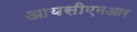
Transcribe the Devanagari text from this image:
आयसीएमआर